Madras plague regulations and rules for the city of Madras
Disease focus: Plague
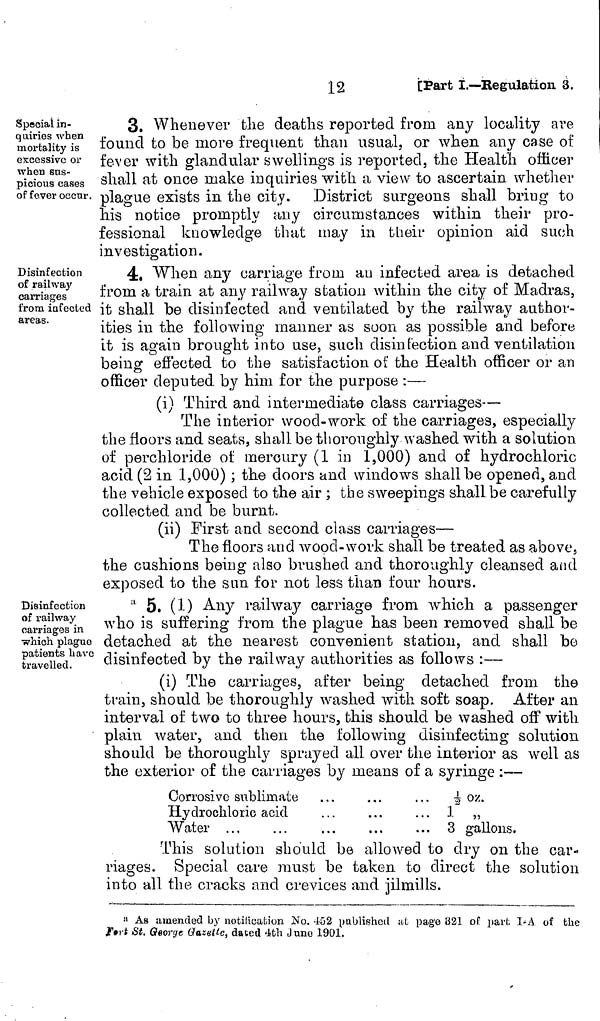
Special in-
quiries when
mortality is
excessive or
when sns-
picious cases
of fever occur.
3. Whenever the deaths reported from any locality are
found to be more frequent than usual, or when any case of
fever with glandular swellings is reported, the Health officer
shall at once make inquiries with a view to ascertain whether
plague exists in the city. District surgeons shall bring to
his notice promptly any circumstances within their pro-
fessional knowledge that may in their opinion aid such
investigation.
Disinfection
of railway
carriages
from infected
areas.
4, When any carriage from an infected area is detached
from a train at any railway station within the city of Madras,
it shall be disinfected and ventilated by the railway author-
ities in the following manner as soon as possible and before
it is again brought into use, such disinfection and ventilation
being effected to the satisfaction of the Health officer or an
officer deputed by him for the purpose :—
(i) Third and intermediate class carriages—
The interior wood-work of the carriages, especially
the floors and seats, shall be thoroughly washed with a solution
of perchloride of mercury (1 in 1,000) and of hydrochloric
acid (2 in 1,000) ; the doors and windows shall be opened, and
the vehicle exposed to the air ; the sweepings shall be carefully
collected and be burnt.
(ii) First and second class carriages—
The floors and wood-work shall be treated as above,
the cushions being also brushed and thoroughly cleansed and
exposed to the sun for not less than four hours.
Disinfection
of railway
carriages in
which plague
patients have
travelled.
a 5. (1) Any railway carriage from which a passenger
who is suffering from the plague has been removed shall be
detached at the nearest convenient station, and shall be
disinfected by the railway authorities as follows :—
(i) The carriages, after being detached from the
train, should be thoroughly washed with soft soap. After an
interval of two to three hours, this should be washed off with
plain water, and then the following disinfecting solution
should be thoroughly sprayed all over the interior as well as
the exterior of the carriages by means of a syringe :—
Corrosive sublimate
Hydrochloric acid
Water
... ½oz.
... 1„
... 3 gallons.
This solution should be allowed to dry on the car-
riages. Special care must be taken to direct the solution
into all the cracks and crevices and jilmills.
a As amended by notification Ko. 452 published at page 821 of part I-A of the
Fort St. George Gazette, dated 4th June 1901.